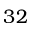
3 2